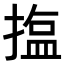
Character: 𪮝